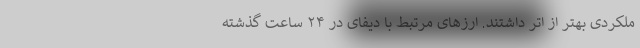
ملکردی بهتر از اتر داشتند. ارز‌های مرتبط با دیفای در ۲۴ ساعت گذشته